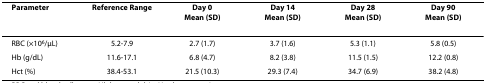
| Parameter | Reference Range | Day 0Mean (SD) | Day 14Mean (SD) | Day 28Mean (SD) | Day 90Mean (SD) |
 | --- | --- | --- | --- | --- | --- |
 | RBC (×106/μL) | 5.2-7.9 | 2.7 (1.7) | 3.7 (1.6) | 5.3 (1.1) | 5.8 (0.5) |
 | Hb (g/dL) | 11.6-17.1 | 6.8 (4.7) | 8.2 (3.8) | 11.5 (1.5) | 12.2 (0.8) |
 | Hct (%) | 38.4-53.1 | 21.5 (10.3) | 29.3 (7.4) | 34.7 (6.9) | 38.2 (4.8) |